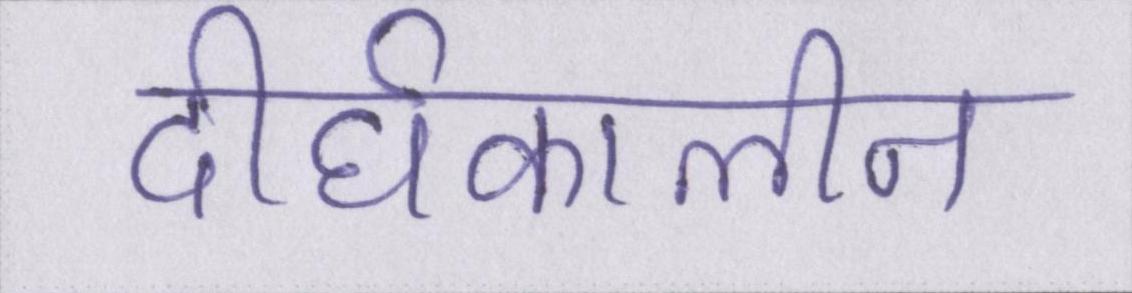
दीर्घकालीन